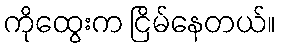
ကိုထွေးက ငြိမ်နေတယ်။